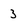
Character: 3